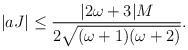
\begin{align*}|aJ|\leq \frac{|2\omega+3|M}{2\sqrt{(\omega+1)(\omega+2)}}.\end{align*}